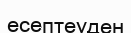
есептеуден